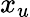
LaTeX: x_{u}